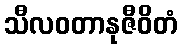
သီလဝတာနုဇီဝိတံ